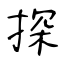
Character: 探